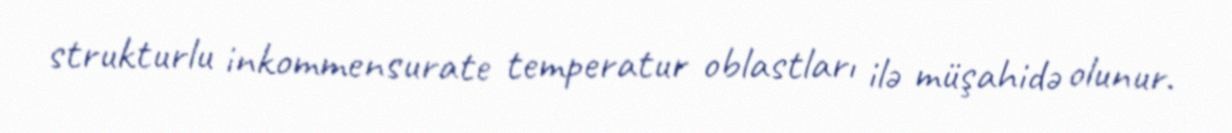
strukturlu inkommensurate temperatur oblastları ilə müşahidə olunur.